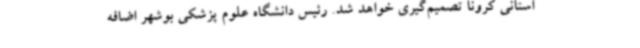
استانی کرونا تصمیم‌گیری خواهد شد. رئیس دانشگاه علوم پزشکی بوشهر اضافه